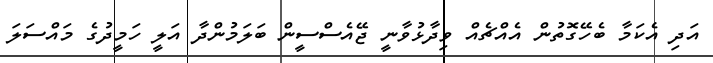
އަދި އެކަމާ ބެހޭގޮތުން އެއްޗެއް ވިދާޅުވާނީ ޖޭއެސްސީން ބަލަމުންދާ އަލީ ހަމީދުގެ މައްސަލަ